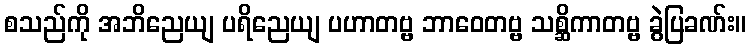
စသည်ကို အဘိညေယျ ပရိညေယျ ပဟာတဗ္ဗ ဘာဝေတဗ္ဗ သစ္ဆိကာတဗ္ဗ ခွဲပြခဏ်း။